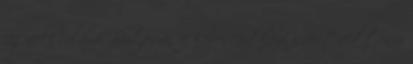
fáj neki valami Biztosan a kevenceid közé szeretnéd tenni